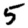
Digit: 5